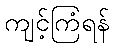
ကျင့်ကြံရန်